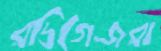
রদ্রিগেজরা